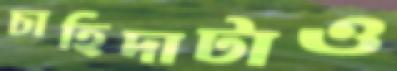
চাহিদাটাও